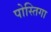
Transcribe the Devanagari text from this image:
पोस्तिगा